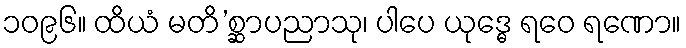
၁၀၉၆။ ထိယံ မတိ’စ္ဆာပညာသု၊ ပါပေ ယုဒ္ဓေ ရဝေ ရဏော။